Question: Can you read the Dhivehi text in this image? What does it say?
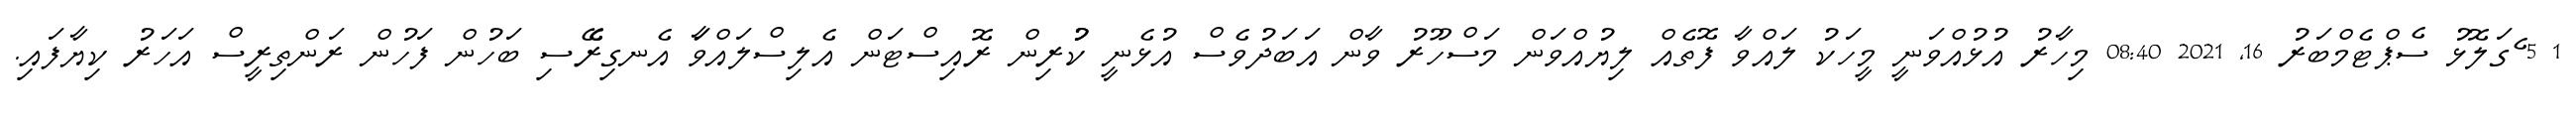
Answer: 1 5 ެގަލޮޅު ސެޕްޓެމްބަރު 16, 2021 08:40 މިހާރު އުޅުއްވަނީ މީހަކު ލައްވާ ފޮތެއް ލިޔުއްވަން މަސްހޫރު ވާން އަބަދުވެސް އުޅެނީ ކުުރިން ރޮއިސްޓަން އެލިސްލައްވަާ އެނގިރެޭސި ބަހުން ފަހުން ރަންތިރީސް އަހަރު ކިޔާފައި.